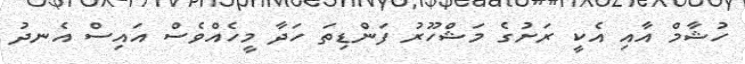
ހުޝާމް އާއި އެކީ ރަށުގެ މަޝްހޫރު ފަންޑިތަ ހަދާ މީހެއްވެސް އައިސް އެނދު